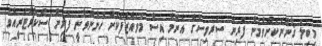
މިބިލު ޤާނޫނަކަށްވުމުން ފޮރިން ސަރވިސްގެ އެންމެ އިސް މުވައްޒަފަކަށް ހުންނަވާނީ ފޮރިން ސެކްރެޓަރީއެވެ.